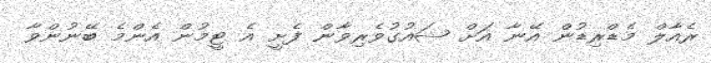
ރެއާލް މެޑްރިޑުން އޭނާ އަށް ޝައުގުވެރިވާން ފެށީ އެ ޓީމުން އެންމެ ބޭނުންވާ